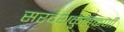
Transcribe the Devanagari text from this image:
सरदेशकुलकर्णी